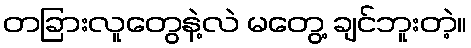
တခြားလူတွေနဲ့လဲ မတွေ့ ချင်ဘူးတဲ့။